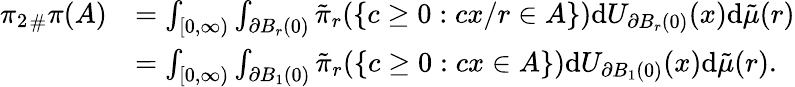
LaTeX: \begin{array}{rl}{{\pi_{2}}_{\# }\pi(A)}&{=\int_{[0,\infty)}\int_{\partial B_{r}(0)}\tilde{\pi}_{r}(\{ c\geq 0:cx/r\in A\} )\mathrm{d}U_{\partial B_{r}(0)}(x)\mathrm{d}\tilde{\mu}(r)}\\ &{=\int_{[0,\infty)}\int_{\partial B_{1}(0)}\tilde{\pi}_{r}(\{ c\geq 0:cx\in A\} )\mathrm{d}U_{\partial B_{1}(0)}(x)\mathrm{d}\tilde{\mu}(r).}\end{array}